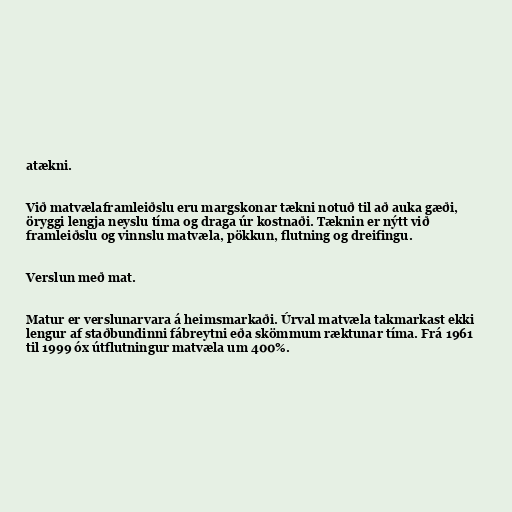
atækni.

Við matvælaframleiðslu eru margskonar tækni notuð til að auka gæði,
öryggi lengja neyslu tíma og draga úr kostnaði. Tæknin er nýtt við
framleiðslu og vinnslu matvæla, pökkun, flutning og dreifingu.

Verslun með mat.

Matur er verslunarvara á heimsmarkaði. Úrval matvæla takmarkast ekki
lengur af staðbundinni fábreytni eða skömmum ræktunar tíma. Frá 1961
til 1999 óx útflutningur matvæla um 400%.